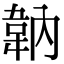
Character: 䪏